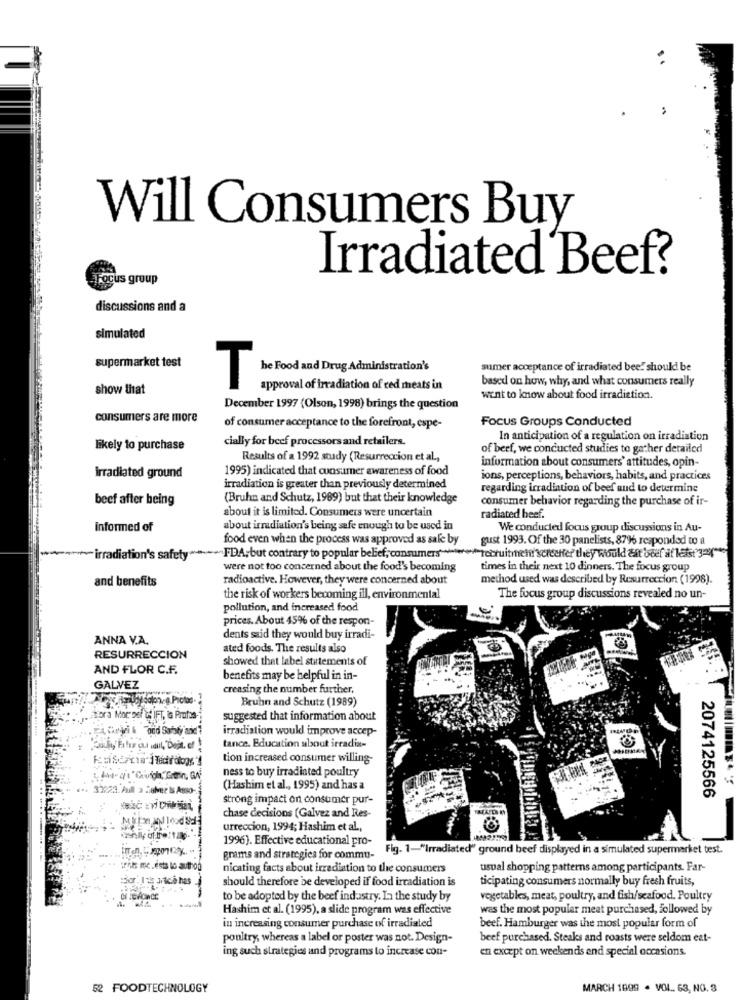
Will Consumers Buy
Irradiated Beef?
Focus group
discussions and a
simulated
supermarket test
he Food and Drug Administration's
sumer acceptance of irradiated beef should be
based on how, why, and what consumers really
show that
T
approval of irradiation of red meats in
went to know about food irradiation.
December 1997 (Olson, 1998) brings the question
consumers are more
Focus Groups Conducted
of consumer acceptance to the forefront, espe-
cially for beef processors and retailers.
In anticipation of a regulation on irradiation
likely to purchase
of beef, we conducted studies to gather derailed
Results of a 1992 study (Resurreccion et al .,
information about consumers' attitudes, opin-
1995) indicated that consumer awareness of food
Irradiated ground
ions, perceptions, behaviors, habits, and practices
irradiation is greater than previously determined
regarding irradiation of beef and to determine
beef after being
(Bruhn and Schutz, 1969) but that their knowledge
consumer behavior regarding the purchase of ir-
about it is limited. Consumers were uncertain
radiated beef.
informed of
about irradiation's being safe enough to be used in
We conducted focus group discussions in Au-
food even when the process was approved as sale by
gust 1993. Of the 30 panelists, 87% responded to a
-irradiation's safety **
~~~ FDA; but contrary to popular belief, consumers>>"recruitment'scicchier they would dat beef atlas"-
were not too concerned about the food's becoming
times in their next 10 dinners. The focus group
radioactive. However, they were concerned about
method used was described by Resurrection (1998).
and benefits
the risk of workers becoming ill, environmental
The focus group discussions revealed no un-
pollution, and increased food
prices. About 45% of the respon-
ANNA V.A.
dents said they would buy irradi-
ated foods. The results also
RESURRECCION
showed that label statements of
AND FLOR C.F.
benefits may be helpful in in-
GALVEZ
creasing the number further.
Bruhn and Schutz (1989)
Stora Mor pef GIFT, is Profos-
suggested that information about
irradiation woukl improve accep-
tance. Education about irradia-
tion increased consumer willing-
ness to buy irradiated poultry
.. 32223. Pull a Subver Is Asso
(Hashim et al ., 1995) and has a
strong impact on consumer pur-
2074125566
chase decisions (Galvez and Res-
urreccion, 1994; Hashim et al .,
1996). Effective educational pro-
„ Fig. 1-"Irradiated" ground beef displayed in a simulated supermarket test.
grams and strategies for commu-
.. tres me.est lo author
nicating facts about irradiation to the consumers
usual shopping patterns among participants. Far-
should therefore be developed if food irradiation is
ticipating consumers normally buy fresh fruits,
to be adopted by the beef industry. In the study by
vegetables, meat, poultry, and fish/seafood. Poultry
Hashim et al. (1995), a slide program was effective
was the most popular meat purchased, followed by
in increasing consumer purchase of irradiated
beef. Hamburger was the most popular form of
poultry, whereas a label or poster was not. Design-
beef purchased. Steaks and roasts were seldom eat-
ing such strategies and programs to increase con-
en except on weekends end special occasions.
52 FOODTECHNOLOGY
MARCH 1999 . VOL. 63, NG. 3